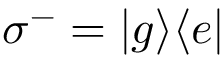
\sigma ^ { - } = | g \rangle \langle e |